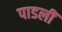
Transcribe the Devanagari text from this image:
पाडलीं